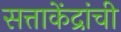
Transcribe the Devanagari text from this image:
सत्ताकेंद्रांची